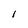
Character: I